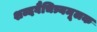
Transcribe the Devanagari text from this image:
शब्दवैचित्र्यमूलक